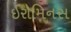
ઇરોમિનસ